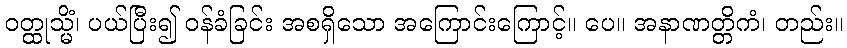
ဝတ္ထုသ္မိံ၊ ပယ်ပြီး၍ ဝန်ခံခြင်း အစရှိသော အကြောင်းကြောင့်။ ပေ။ အနာဏတ္တိကံ၊ တည်း။